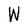
Character: W